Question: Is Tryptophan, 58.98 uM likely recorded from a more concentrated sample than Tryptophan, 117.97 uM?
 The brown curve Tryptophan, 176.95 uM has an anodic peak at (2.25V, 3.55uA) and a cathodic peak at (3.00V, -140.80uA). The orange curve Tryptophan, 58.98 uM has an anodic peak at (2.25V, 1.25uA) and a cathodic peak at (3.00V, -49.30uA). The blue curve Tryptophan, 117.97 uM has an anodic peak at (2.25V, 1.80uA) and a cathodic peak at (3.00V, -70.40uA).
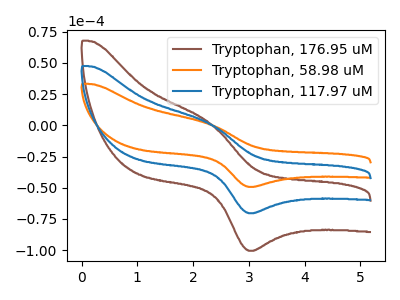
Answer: <think>All the peaks in "Tryptophan, 58.98 uM" have a peak in "Tryptophan, 117.97 uM" at the same potential. Every peak in "Tryptophan, 58.98 uM" is lower than every peak in "Tryptophan, 117.97 uM".
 </think>
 <answer>"Tryptophan, 58.98 uM" has less signal than "Tryptophan, 117.97 uM".</answer>
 <eval>less_signal</eval>